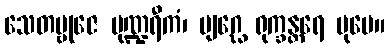
သေတမ္ဗုဇေ ပုဏ္ဍရီကံ၊ ဗျဂ္ဃေ ရုက္ခန္တရေ ပုမေ။